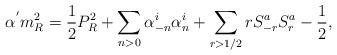
LaTeX: \begin{align*}\alpha^{'}m^{2}_{R}=\frac{1}{2}P_{R}^{2}+\sum_{n>0} \alpha_{-n}^{i}\alpha^{i}_{n}+\sum_{r>1/2} r S^{a}_{-r}S^{a}_{r} - \frac{1}{2},\end{align*}